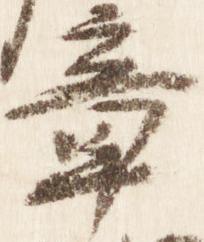
章